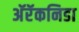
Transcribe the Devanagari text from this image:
अॅरॅकनिडा